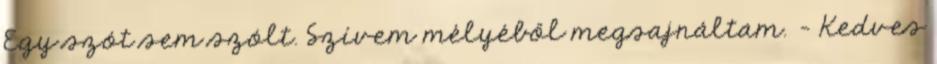
Egy szót sem szólt. Szívem mélyéből megsajnáltam. - Kedves